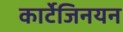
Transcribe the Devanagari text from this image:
कार्टेजिनयन